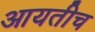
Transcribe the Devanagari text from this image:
आयतीच